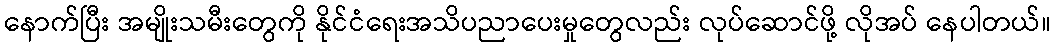
နောက်ပြီး အမျိုးသမီးတွေကို နိုင်ငံရေးအသိပညာပေးမှုတွေလည်း လုပ်ဆောင်ဖို့ လိုအပ် နေပါတယ်။